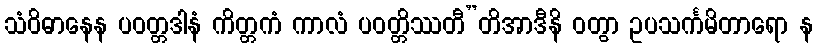
သံဝိဓာနေန ပဝတ္တဒါနံ ကိတ္တကံ ကာလံ ပဝတ္တိဿတီ”တိအာဒီနိ ဝတွာ ဥပသင်္ကမိတာရော န